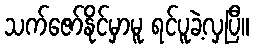
သက်ဇော်နိုင်မှာမူ ရင်ပူခဲ့လှပြီ။